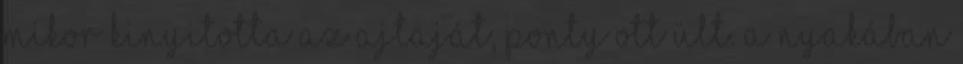
mikor kinyitotta az ajtaját, Ponty ott ült. A nyakában